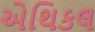
એથિકલ